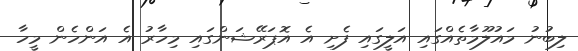
ލިބުނު މައުލޫމާތެއްގައި އަލީގައި ފެށި އެ އޮޕަރޭޝަންގައި މިހާރު އެ އަންހެން މީހާ